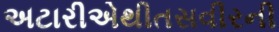
અટારીએથીતસવીરની